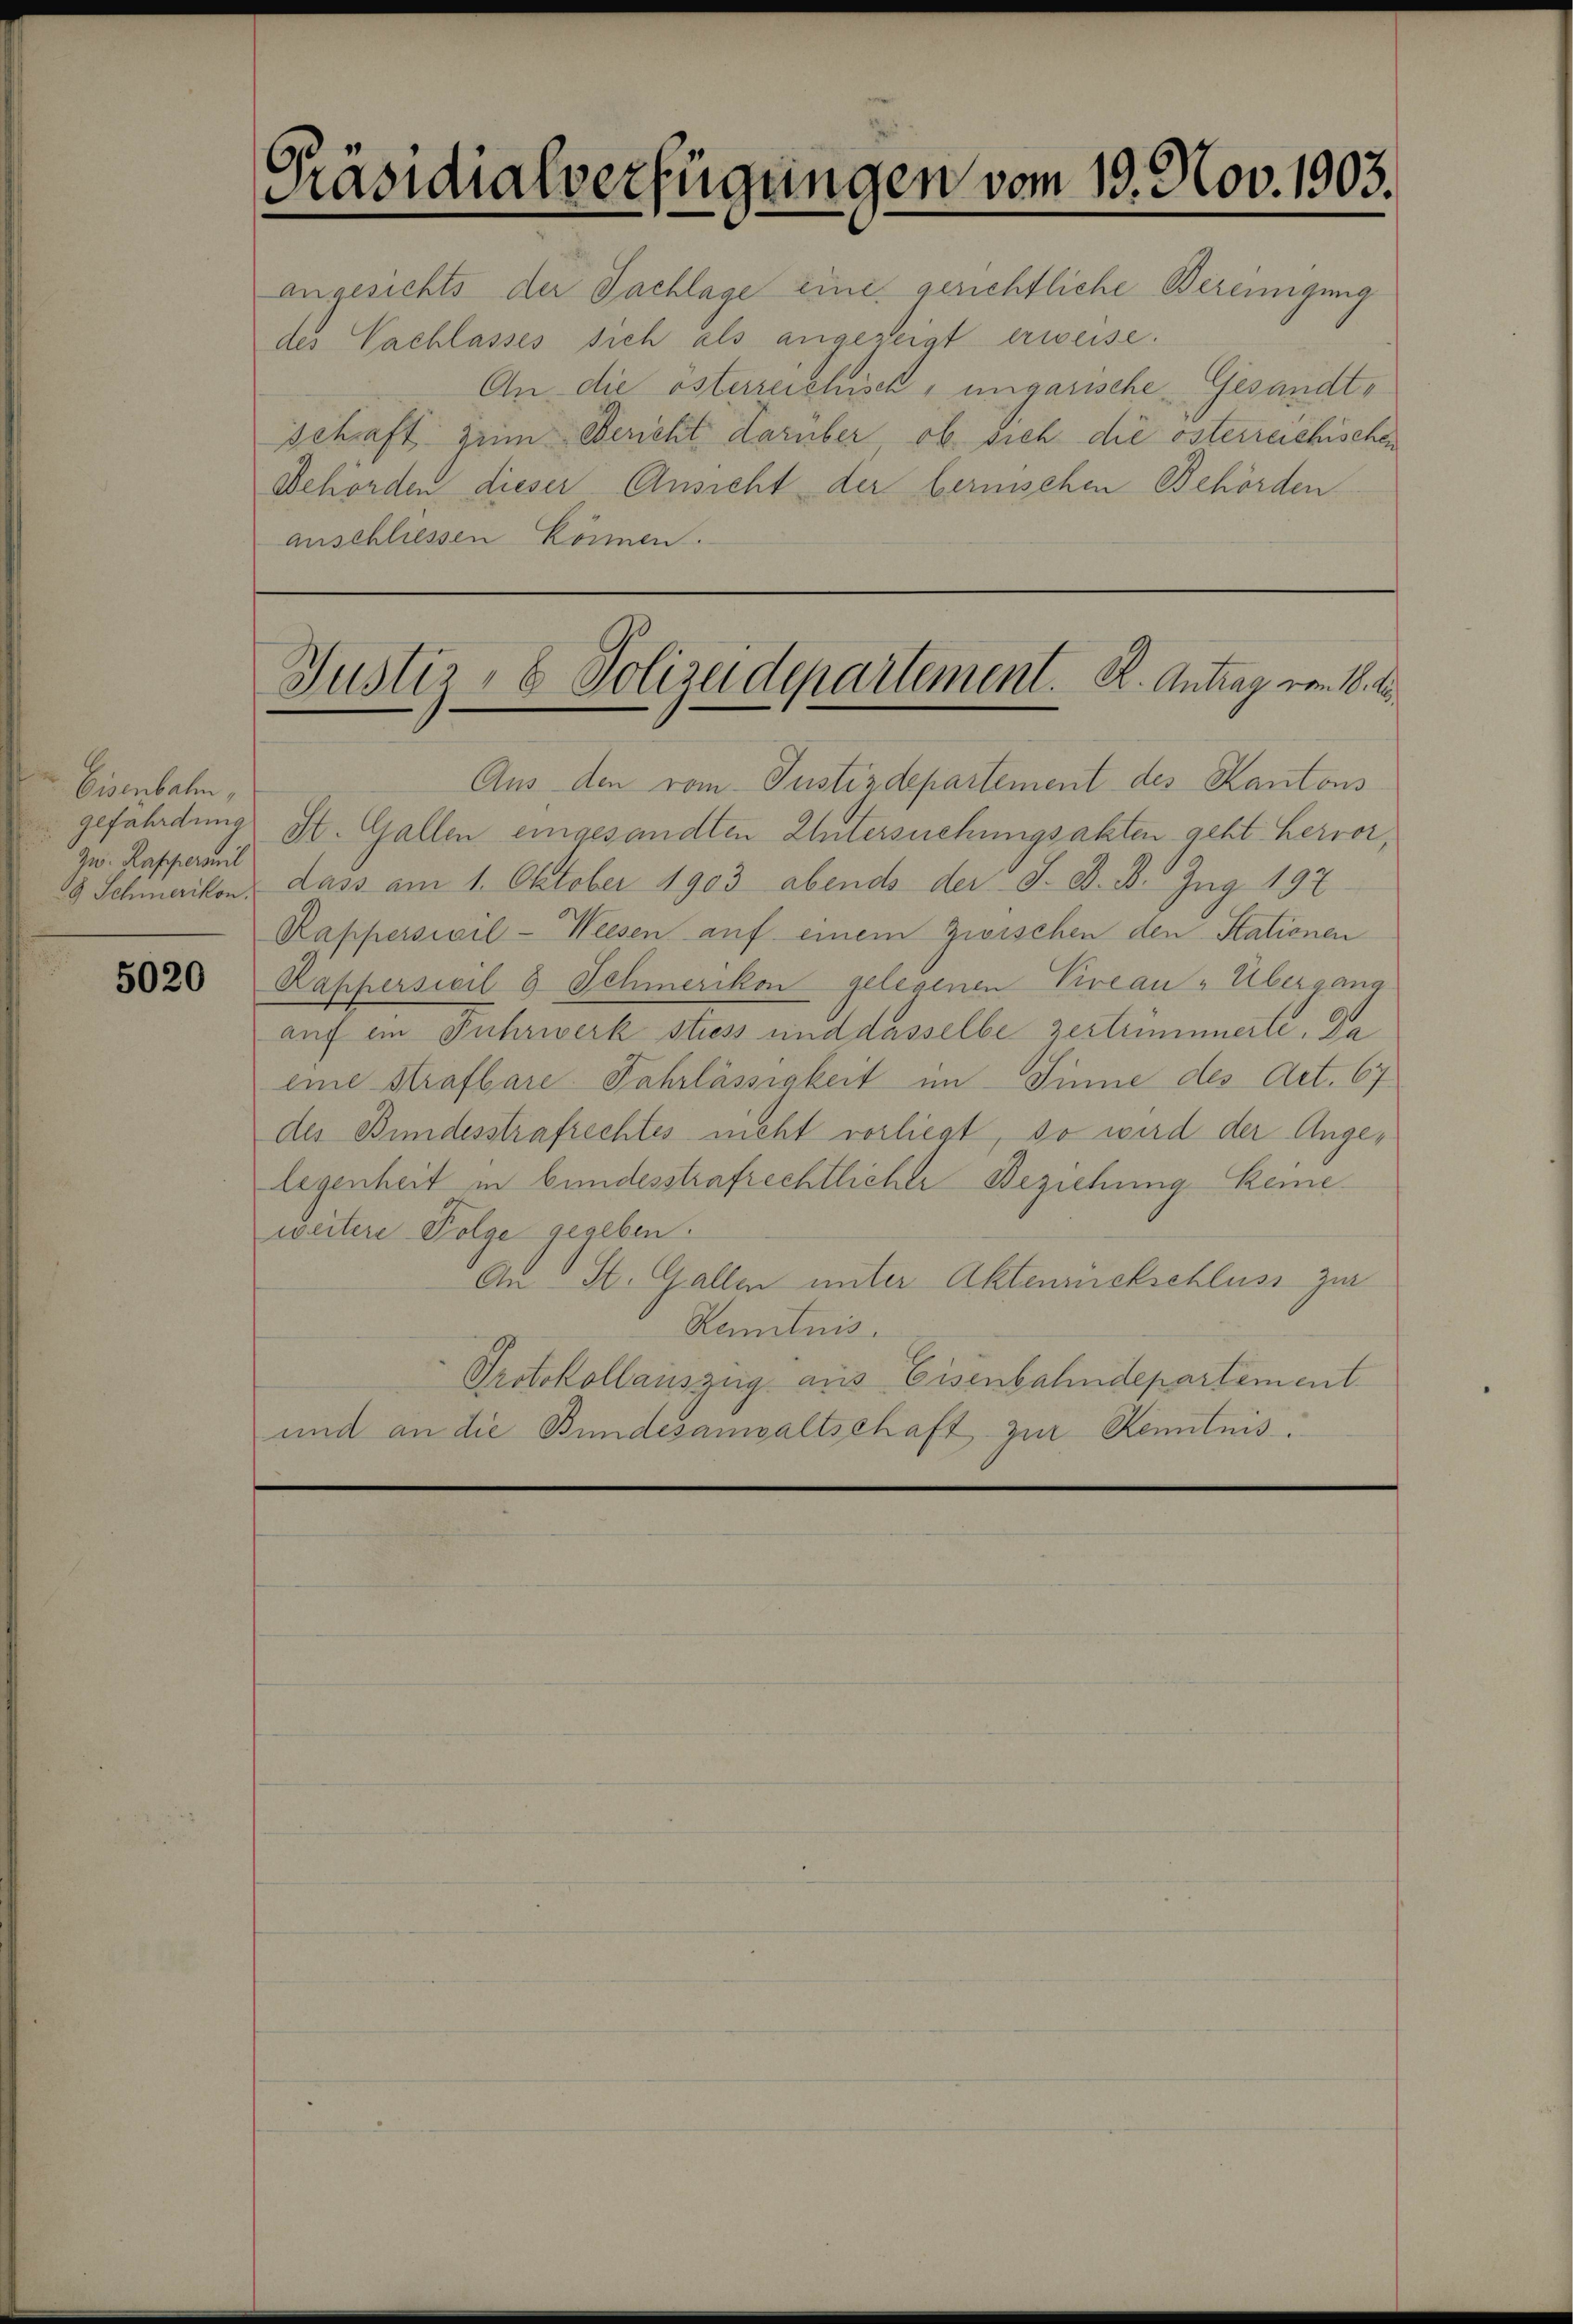
Eisenbahn,
gefährdung
Zw. Rapperamil
8 Schmerikon.

5020

Präsidialverfügungen vom 19. Nov. 1903.

angesichts der Sachlage eine gerichtliche Bereinigung
des Nachlasses sich als angezeigt erweise.
An die österzeichisch, ungarische Gesandtschraft zum Bericht darüber, ob sich die österreichischen
Behörden dieser Ansicht der bernischen Behörden
anschliessen können.

Aus den vom Justizdepartement des Kantons
St. Gallen eingesandten Untersuchungsakten geht hervor,
dass am 1. Oktober 1903 abends der J. D. B. Zug 197
Rappessiail-Weesen auf einem Zwischen den Stationen
Kappersicil 8 Schmerikon gelegenen Pireau „Übergang
auf ein Fuhrwerk stiess und dasselbe zertrümmerte. Da
eine Strafbare Fahrlässigkeit im Sinne des Art. 67.
des Bundesstrafrechtes nicht vorliegt, so wird der Angelegenheit in bundesstrafrechtlicher Beziehung keine
weitere Folge gegeben.
An St. Gallen unter Aktenrückschluss zur
Remitnis.
Protokollauszug aus Eisenbahndepartement.
und an die Bundesanwaltschaft zur Kenntnis.

Justiz- & Polizeidepartement. K. Antrag vom 18. Au